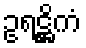
ဥရဋ္ဌိကံ